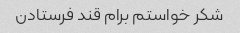
شکر خواستم برام قند فرستادن